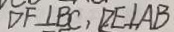
D F \bot B C , D E \bot A B